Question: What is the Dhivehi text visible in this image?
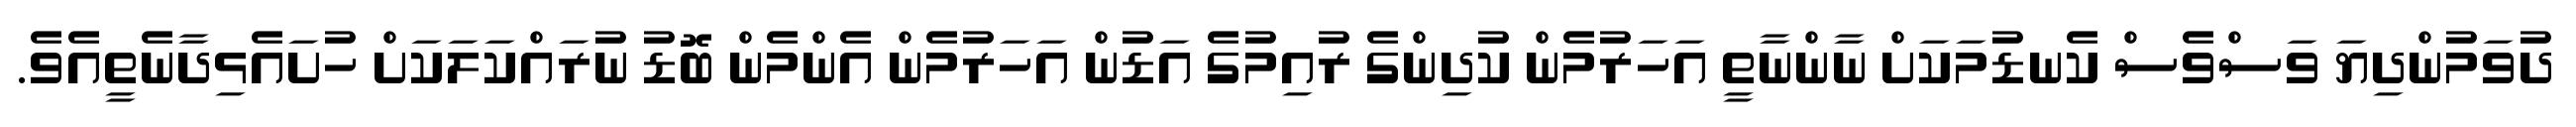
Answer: ދުވަމުންދިޔަ ވަސްވެސް ކެނޑުމަކަށް ނާންނާތީ އަހަރުމެން ކުދިންގެ ރުއިމުގެ އަޑުން އަހަރުމެން އެންމެން ބޮޑު ނުރައްކަލަކަށް ހުށައެޅިދާނެތީއެވެ.